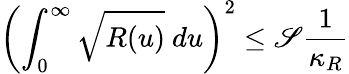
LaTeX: \left(\int_{0}^{\infty}\sqrt{R(u)}~du\right)^{2}\leq\mathscr{S}\frac{1}{\kappa_{R}}